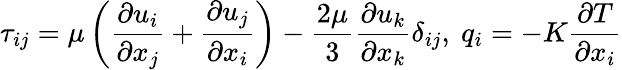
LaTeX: \tau_{ij}=\mu\left(\frac{\partial u_{i}}{\partial x_{j}}+\frac{\partial u_{j}}{\partial x_{i}}\right)-\frac{2\mu}{3}\frac{\partial u_{k}}{\partial x_{k}}\delta_{ij},\ q_{i}=-K\frac{\partial T}{\partial x_{i}}